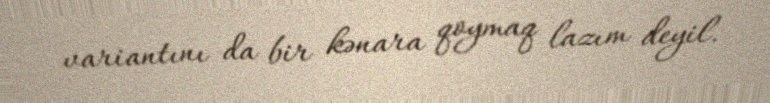
variantını da bir kənara qoymaq lazım deyil.